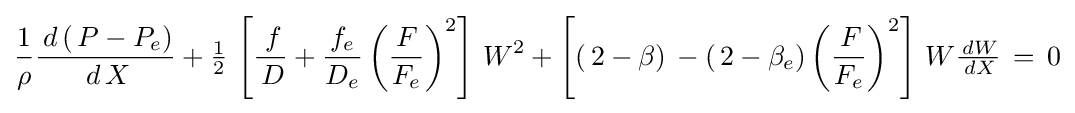
{\frac {1}{\rho }}{\frac {\,d\left(\,P-P_{e}\right)}{\,d\,X}}+{\tfrac {1}{2}}\,\left[{\frac {\,f}{\,D}}+{\frac {f_{e}}{D_{e}}}\left({\frac {F}{F_{e}}}\right)^{2}\right]\,W^{2}+\left[\left(\,2-\beta \right)\,-\left(\,2-\beta _{e}\right)\left({\frac {\,F}{F_{e}}}\right)^{2}\right]\,W{\tfrac {\,dW}{\,dX}}\,=\,0